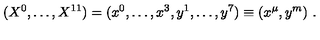
( X ^ { 0 } , \ldots , X ^ { 1 1 } ) = ( x ^ { 0 } , \ldots , x ^ { 3 } , y ^ { 1 } , \ldots , y ^ { 7 } ) \equiv ( x ^ { \mu } , y ^ { m } ) \ .